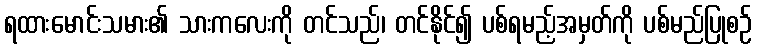
ရထားမောင်းသမား၏ သားကလေးကို တင်သည်၊ တင်နိုင်၍ ပစ်ရမည့်အမှတ်ကို ပစ်မည်ပြုစဉ်